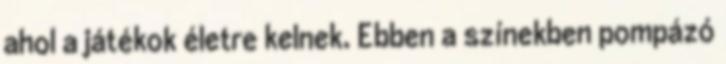
ahol a játékok életre kelnek. Ebben a színekben pompázó